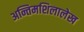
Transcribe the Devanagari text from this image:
अन्तिमशिलालेख